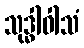
သုဒ္ဓါဝါသံ